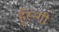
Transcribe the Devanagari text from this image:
हुँस्न्गी